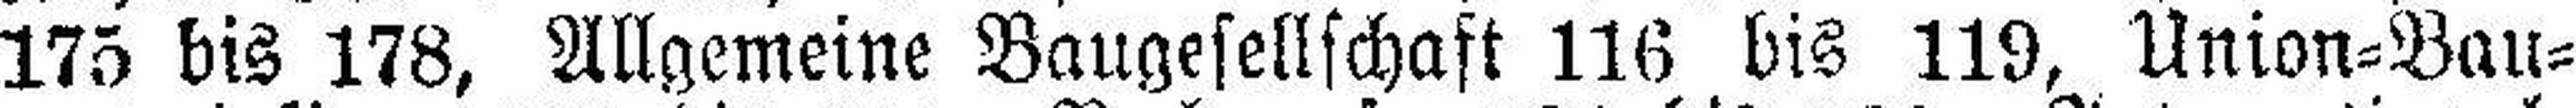
175 bis 178, Allgemeine Baugesellschaft 116 bis 119, Union=Bau¬